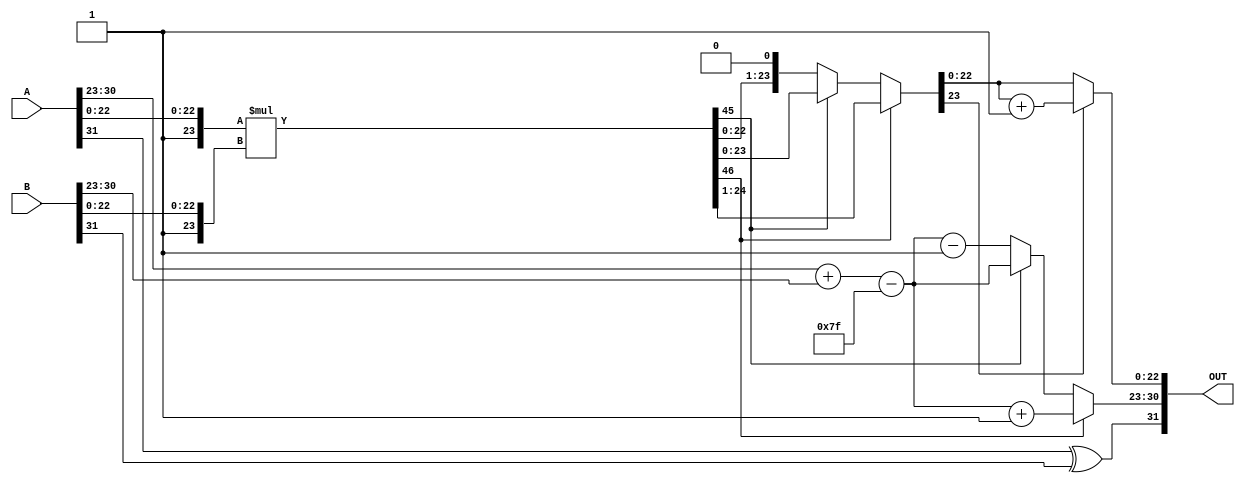
module floating_point_multiplier (
    input [31:0] A, // First floating-point input
    input [31:0] B, // Second floating-point input
    output reg [31:0] OUT // Output floating-point result
);

    // Decompose inputs
    wire S_A = A[31]; // Sign of A
    wire S_B = B[31]; // Sign of B
    wire [7:0] E_A = A[30:23]; // Exponent of A
    wire [7:0] E_B = B[30:23]; // Exponent of B
    wire [22:0] M_A = A[22:0]; // Significand of A
    wire [22:0] M_B = B[22:0]; // Significand of B

    // Sign Calculation
    wire S_OUT = S_A ^ S_B;

    // Exponent Calculation
    wire [8:0] bias = 9'd127;
    wire [8:0] E_OUT_raw = {1'b0, E_A} + {1'b0, E_B} - bias; // Raw exponent
    wire [7:0] E_OUT = E_OUT_raw[7:0]; // Adjusted exponent

    // Significand Multiplication
    wire [46:0] M_OUT_raw = {1'b1, M_A} * {1'b1, M_B}; // Include implicit leading 1
    wire [46:0] M_OUT = M_OUT_raw; // Store the raw significand product

    // Normalization
    reg [7:0] E_OUT_final;
    reg [22:0] M_OUT_final;
    reg [46:0] M_temp;
    always @(*) begin
        if (M_OUT[46]) begin // If M_OUT >= 2
            M_temp = M_OUT >> 1;
            E_OUT_final = E_OUT + 1;
        end else if (M_OUT[45]) begin // If M_OUT < 2 and >= 1
            M_temp = M_OUT;
            E_OUT_final = E_OUT;
        end else begin // If M_OUT < 1
            M_temp = M_OUT << 1;
            E_OUT_final = E_OUT - 1;
        end
    end

    // Rounding (simple round to nearest)
    always @(*) begin
        if (M_temp[23]) begin // If the 24th bit (round bit) is set
            M_OUT_final = M_temp[22:0] + 1; // Round up
        end else begin
            M_OUT_final = M_temp[22:0]; // No rounding
        end
    end

    // Final Assembly
    always @(*) begin
        OUT = {S_OUT, E_OUT_final, M_OUT_final};
    end

endmodule